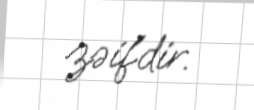
zəifdir.